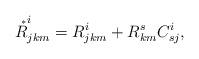
LaTeX: \begin{align*} \overset{\ _*}{R}^{i}_{jkm}=R^i_{jkm} +R^{s}_{km}C^{i}_{s j},\end{align*}